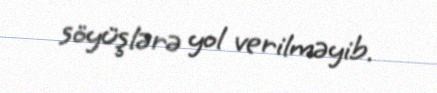
söyüşlərə yol verilməyib.